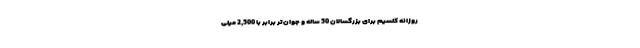
روزانه کلسیم برای بزرگسالان 50 ساله و جوان‌تر برابر با 2,500 میلی